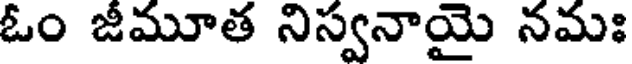
ఓం జీమూత నిస్వనాయై నమః